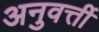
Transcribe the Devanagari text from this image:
अनुवर्त्ती